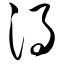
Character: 涡